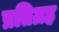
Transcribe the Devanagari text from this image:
प्रतिग्रह